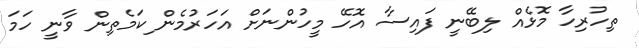
ތިހުރިހާ މޮޅެއް ލިބޭނީ ފައިސާ އޮހޭ މީހުންނަށް އަހަރުމެން ިކަމެތިން ވާނީ ހަމަ